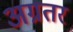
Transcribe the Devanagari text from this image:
अग्रतर